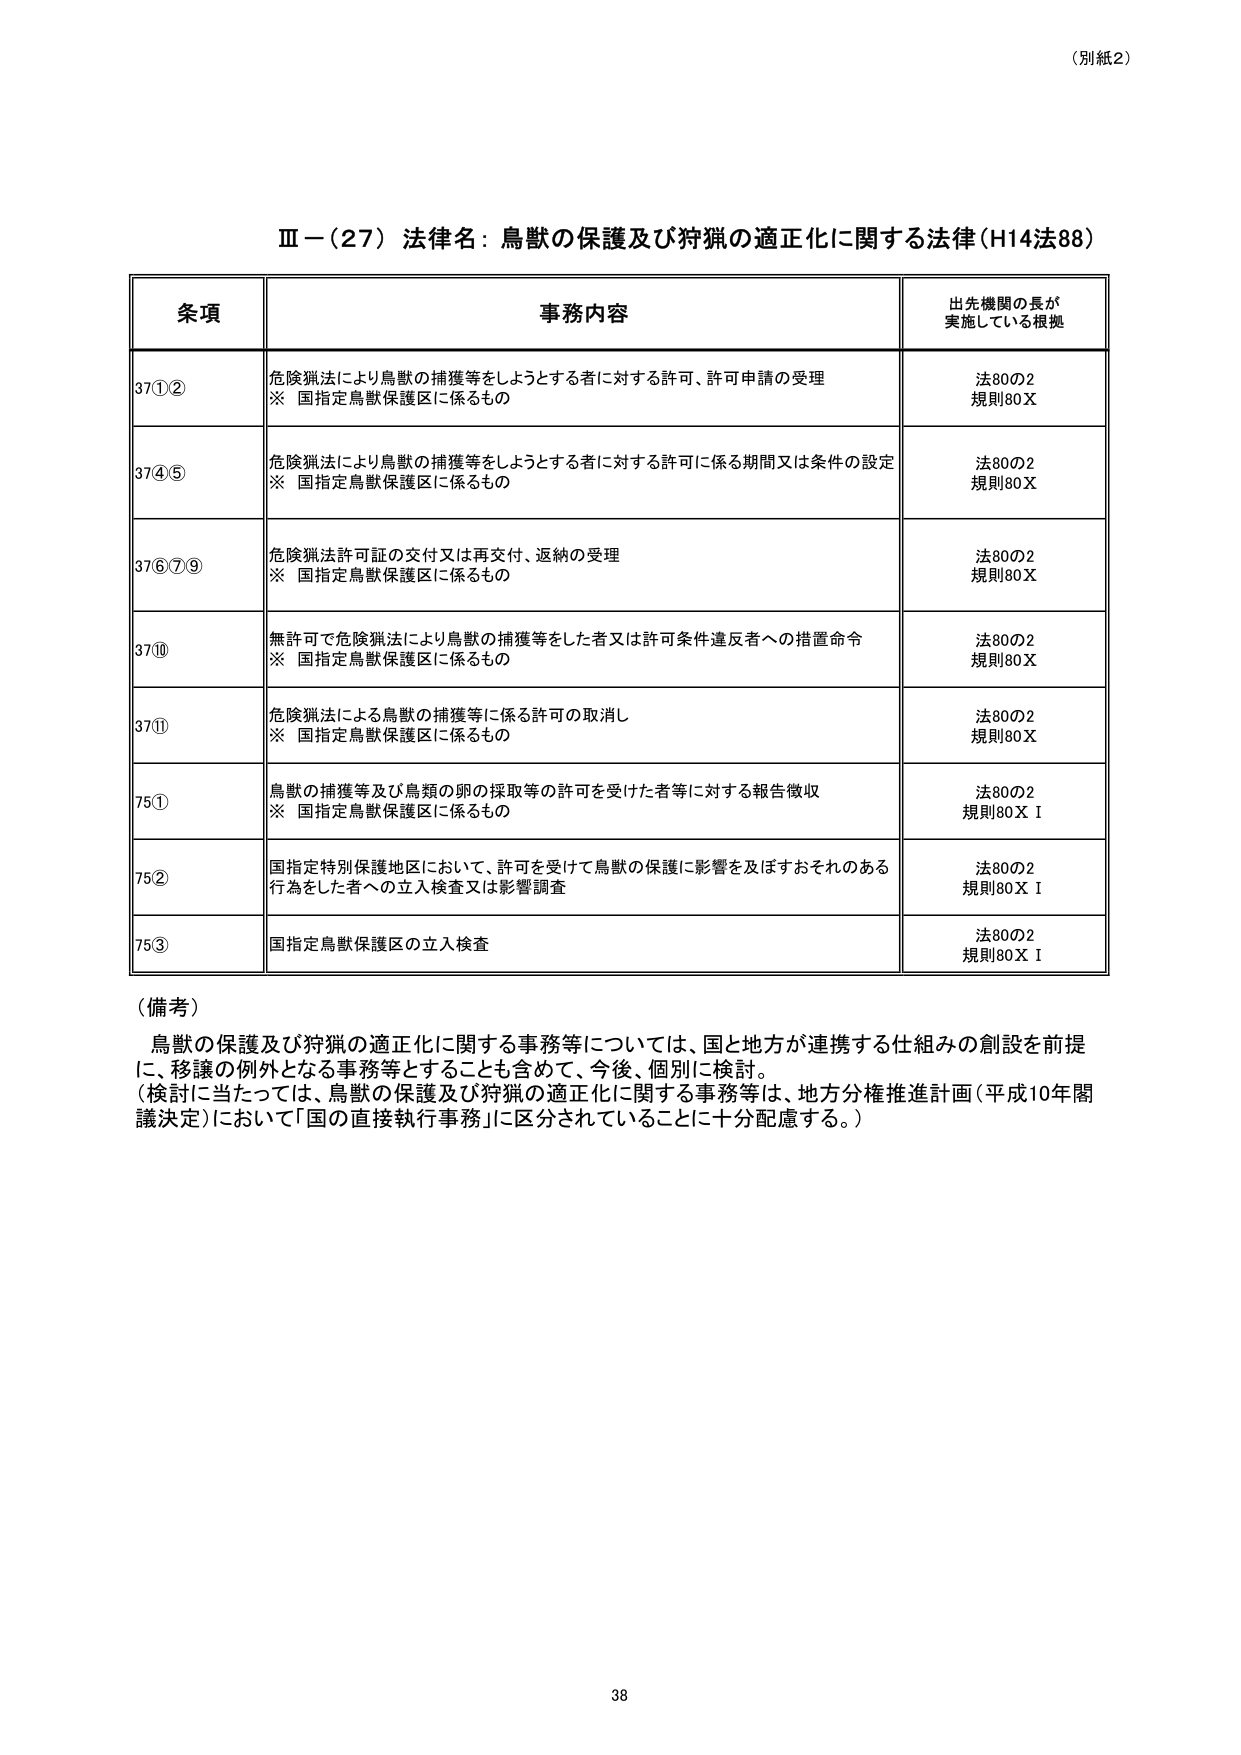
（別紙2）

Ⅲ－（27）法律名：鳥獣の保護及び狩猟の適正化に関する法律（H14法88）

条項 事務内容 出先機関の長が実施している根拠

37①② 危険猟法により鳥獣の捕獲等をしようとする者に対する許可、許可申請の受理
※ 国指定鳥獣保護区に係るもの 法80の2
規則80X

37④⑤ 危険猟法により鳥獣の捕獲等をしようとする者に対する許可に係る期間又は条件の設定
※ 国指定鳥獣保護区に係るもの 法80の2
規則80X

37⑥⑦⑨ 危険猟法許可証の交付又は再交付、返納の受理
※ 国指定鳥獣保護区に係るもの 法80の2
規則80X

37⑩ 無許可で危険猟法により鳥獣の捕獲等をした者又は許可条件違反者への措置命令
※ 国指定鳥獣保護区に係るもの 法80の2
規則80X

37⑪ 危険猟法による鳥獣の捕獲等に係る許可の取消し
※ 国指定鳥獣保護区に係るもの 法80の2
規則80X

75① 鳥獣の捕獲等及び鳥類の卵の採取等の許可を受けた者等に対する報告徴収
※ 国指定鳥獣保護区に係るもの 法80の2
規則80X I

75② 国指定特別保護地区において、許可を受けて鳥獣の保護に影響を及ぼすおそれのある行為をした者への立入検査又は影響調査 法80の2
規則80X I

75③ 国指定鳥獣保護区の立入検査 法80の2
規則80X I

（備考）
鳥獣の保護及び狩猟の適正化に関する事務等については、国と地方が連携する仕組みの創設を前提に、移譲の例外となる事務等とすることも含めて、今後、個別に検討。
（検討に当たっては、鳥獣の保護及び狩猟の適正化に関する事務等は、地方分権推進計画（平成10年閣議決定）において「国の直接執行事務」に区分されていることに十分配慮する。）

38